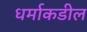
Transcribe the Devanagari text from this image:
धर्माकडील